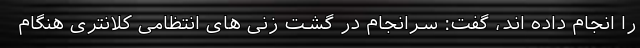
را انجام داده اند، گفت: سرانجام در گشت زنی های انتظامی کلانتری هنگام